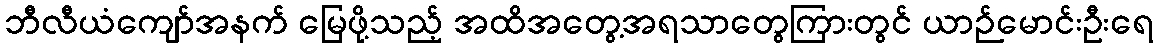
ဘီလီယံကျော်အနက် မြေဖို့သည့် အထိအတွေ့အရသာတွေကြားတွင် ယာဉ်မောင်းဦးရေ